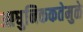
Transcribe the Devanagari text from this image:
आधुनिककतेमुळे